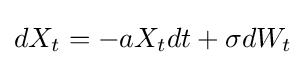
dX_{t}=-aX_{t}dt+\sigma dW_{t}